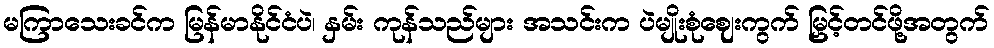
မကြာသေးခင်က မြန်မာနိုင်ငံပဲ၊ နှမ်း ကုန်သည်များ အသင်းက ပဲမျိုးစုံဈေးကွက် မြှင့်တင်ဖို့အတွက်